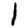
Digit: 1